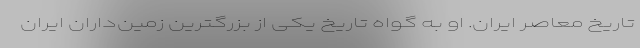
تاریخ معاصر ایران. او به گواه تاریخ یکی از بزرگترین زمین‌داران ایران